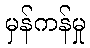
မှန်ကန်မှု